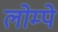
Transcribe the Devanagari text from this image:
लोम्पे